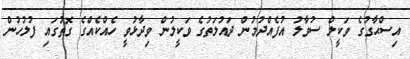
އިސްޙާގުގެ ވަކީލް ސުވާލު އުފެއްދުމުން ދައުލަތުގެ ވަކީލުން ވިދާޅުވީ ހެއްކެއްގެ ގޮތުގައި ފުލުހުން